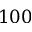
1 0 0